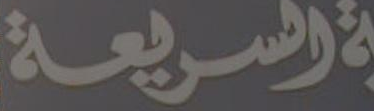
السريعة